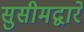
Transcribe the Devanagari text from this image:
सुसीमद्वारे